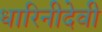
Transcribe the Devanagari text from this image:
धारिनीदेवी